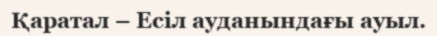
Қаратал – Есіл ауданындағы ауыл.